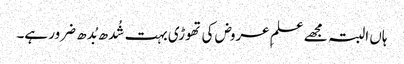
ہاں البتہ مجھے علمِ عروض کی تھوڑی بہت شُدھ بُدھ ضرور ہے۔